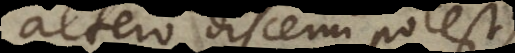
altero discerni potest;